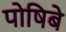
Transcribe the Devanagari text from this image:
पोषिबे